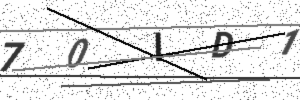
Text: 70ID1